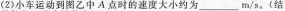
(2)小车运动到图乙中A点A点时的速度大小均为___m/s。(结